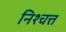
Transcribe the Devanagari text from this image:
निश्चत्त